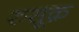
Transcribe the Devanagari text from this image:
रुसूक़